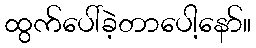
ထွက်ပေါ်ခဲ့တာပေါ့နော်။